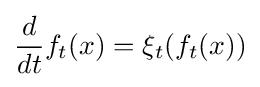
{\frac {d}{dt}}f_{t}(x)=\xi _{t}(f_{t}(x))